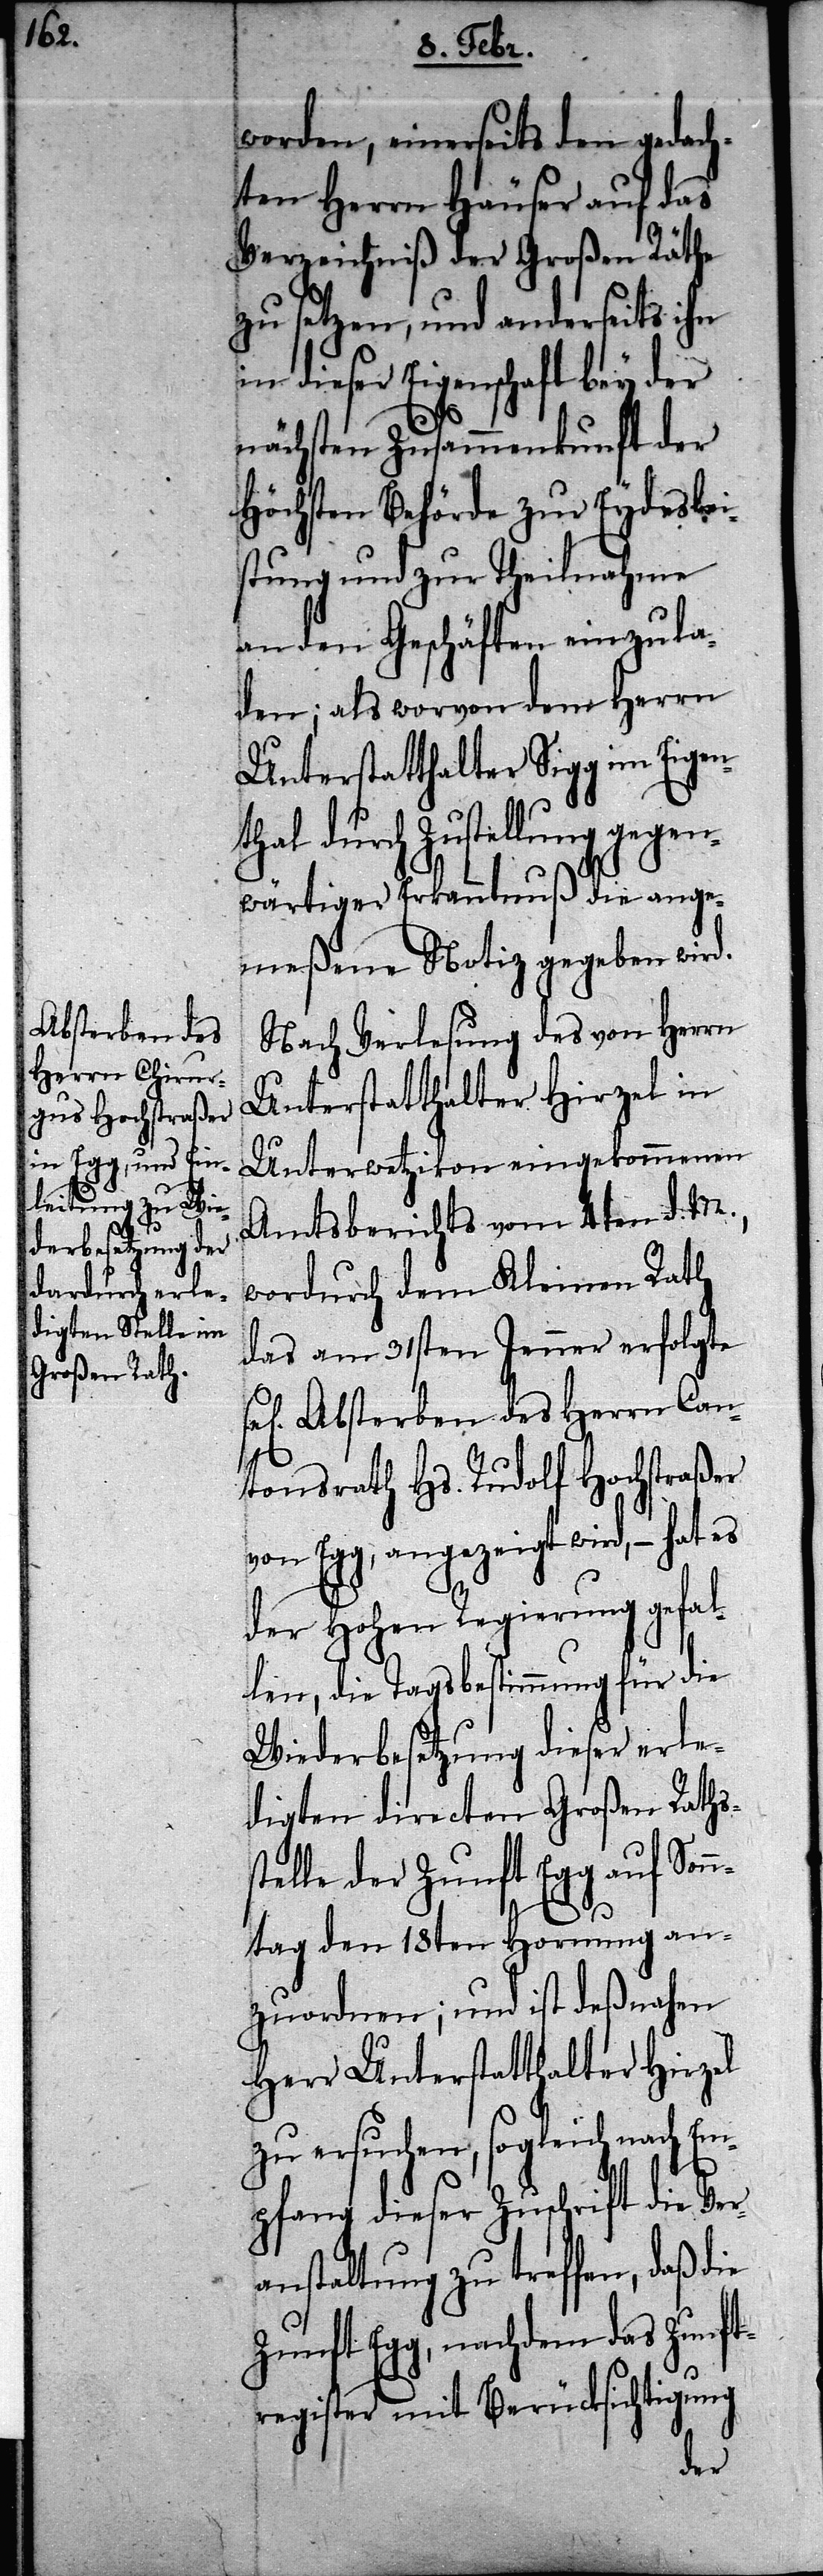
s¬

worden, einerseits den gedach¬
ten Herrn Häuser auf das
Verzeichniß der Großen Räthe
zu setzen, und anderseits ihn
in dieser Eigenschaft bey der
nächsten Zusammenkunft der
Höchsten Behörde zur Eydeslei¬
stung und zur Theilnahme
an den Geschäften einzula¬
den; als wovon dem Herrn
Unterstatthalter Sigg im Eigen¬
thal durch Zustellung gegen¬
wärtiger Erkanntnuß die ange¬
meßene Notiz gegeben wird.
Nach Verlesung des von Herrn
Unterstatthalter Hirzel in
Unterwetzikon eingekommenen
Amtsberichts vom 4ten d. M.,
wordurch dem Kleinen Rath
das am 31sten Jenner erfolgte
ge] Absterben des Herrn Can¬
tonsrath Hs. Rudolf Hochstraßer
von Egg, angezeigt wird, – hat es
der Hohen Regierung gefal¬
len, die Tagsbestimung für die
Wiederbesetzung dieser erle¬
digten directen Großen Raths¬
telle der Zunft Egg auf Son¬
ntag den 18ten Hornung an¬
zuordnen; und ist deßnahen
Herr Unterstatthalter Hirzel
zu ersuchen, sogleich nach Em¬
pfang dieser Zuschrift die Ver¬
anstaltung zu treffen, daß
Zunft Egg, nachdem das Zunft¬
register mit Berücksichtigung